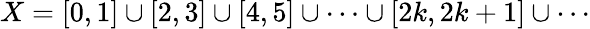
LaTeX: X=[0,1]\cup[2,3]\cup[4,5]\cup\dots\cup[2k,2k+1]\cup\dotsb